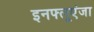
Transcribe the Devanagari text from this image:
इनफ्लूएंजा